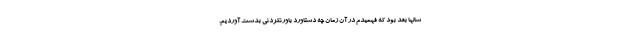
سالها بعد بود که فهمیدم در آن زمان چه دستاورد باورنکردنی بدست آوردیم.